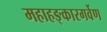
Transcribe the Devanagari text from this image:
महाहङ्कारगर्वेण